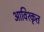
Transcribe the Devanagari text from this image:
आविश्कृत